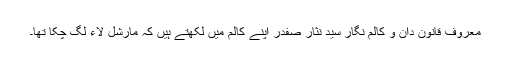
معروف قانون دان و کالم نگار سید نثار صفدر اپنے کالم میں لکھتے ہیں کہ مارشل لاء لگ چکا تھا۔